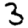
Digit: 3